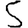
Digit: 5